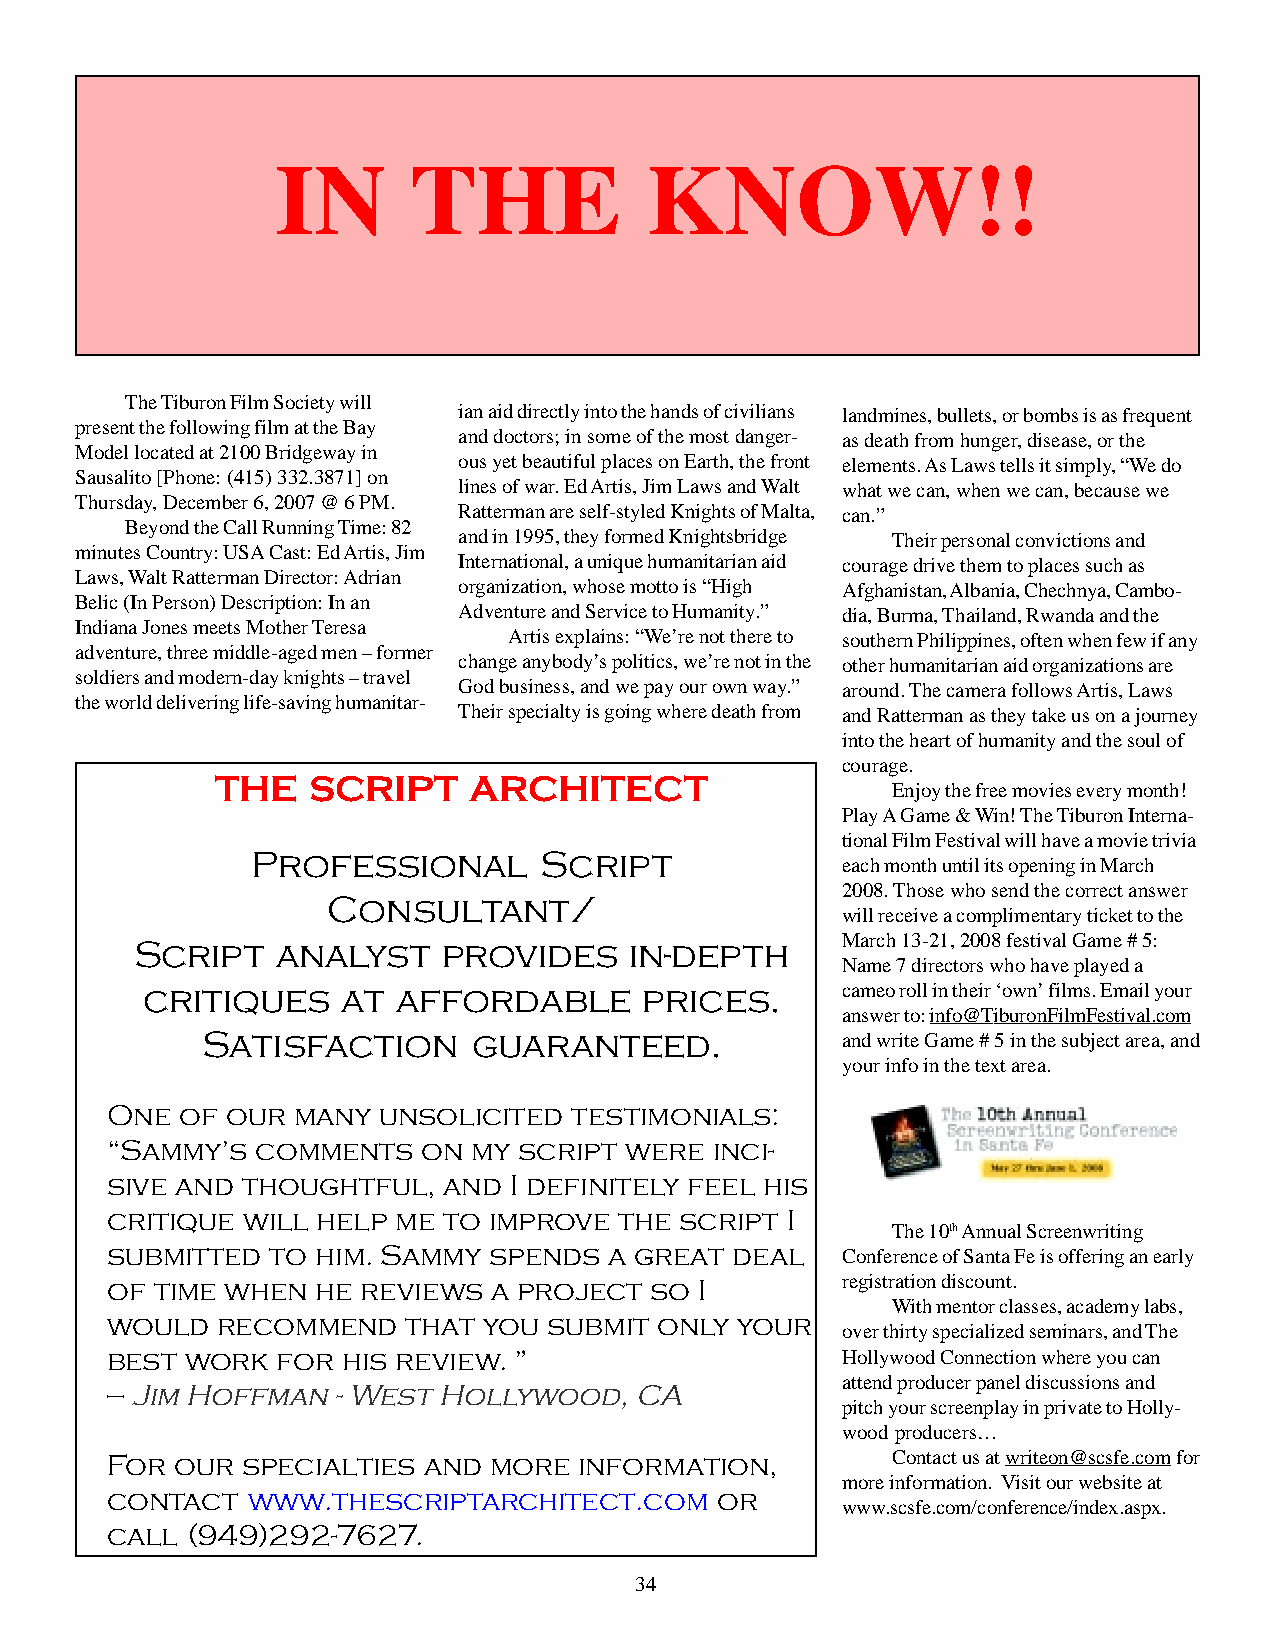
IN       THE             KNOW!!
 The Tiburon Film Society will
 ian aid directly into the hands of civilians landmines, bullets, or bombs is as frequent
 present the following film at the Bay
 and doctors; in some of the most danger- as death from hunger, disease, or the
 Model located at 2100 Bridgeway in
 ous yet beautiful places on Earth, the front elements. As Laws tells it simply, “We do
 Sausalito [Phone: (415) 332.3871] on
 lines of war. Ed Artis, Jim Laws and Walt what we can, when we can, because we
 Thursday, December 6, 2007 @ 6 PM.
 Ratterman are self-styled Knights of Malta, can.”
 Beyond the Call Running Time: 82
 and in 1995, they formed Knightsbridge Their personal convictions and
 minutes Country: USA Cast: Ed Artis, Jim
 International, a unique humanitarian aid courage drive them to places such as
 Laws, Walt Ratterman Director: Adrian
 organization, whose motto is “High Afghanistan, Albania, Chechnya, Cambo-
 Belic (In Person) Description: In an
 Adventure and Service to Humanity.” dia, Burma, Thailand, Rwanda and the
 Indiana Jones meets Mother Teresa
 Artis explains: “We’re not there to southern Philippines, often when few if any
 adventure, three middle-aged men – former
 change anybody’s politics, we’re not in the other humanitarian aid organizations are
 soldiers and modern-day knights – travel
 God business, and we pay our own way.” around. The camera follows Artis, Laws
 the world delivering life-saving humanitar-
 Their specialty is going where death from and Ratterman as they take us on a journey
 into the heart of humanity and the soul of
 courage.
 THE   SCRIPT     ARCHITECT
 Enjoy the free movies every month!
 Play A Game & Win! The Tiburon Interna-
 tional Film Festival will have a movie trivia
 Professional       Script
 each month until its opening in March
 2008. Those who send the correct answer
 Consultant/
 will receive a complimentary ticket to the
 March 13-21, 2008 festival Game # 5:
 Script   analyst    provides     in-depth
 Name 7 directors who have played a
 critiques     at affordable       prices.      cameo roll in their ‘own’ films. Email your
 answer to: info@TiburonFilmFestival.com
 Satisfaction      guaranteed.              and write Game # 5 in the subject area, and
 your info in the text area.
 One  of our many  unsolicited  testimonials:
 “Sammy’s  comments   on my script were  inci-
 sive and thoughtful,  and  I definitely feel his
 critique will help me to improve  the script I
 The 10th Annual Screenwriting
 submitted  to him. Sammy spends  a great deal    Conference of Santa Fe is offering an early
 of time when  he reviews  a project so I         registration discount.
 With mentor classes, academy labs,
 would  recommend    that you submit  only your
 over thirty specialized seminars, and The
 best work  for  his review. ”                    Hollywood Connection where you can
 attend producer panel discussions and
 — Jim Hoffman  - West Hollywood,   CA
 pitch your screenplay in private to Holly-
 wood producers…
 For  our specialties and more  information,         Contact us at writeon@scsfe.com for
 more information. Visit our website at
 contact  www.thescriptarchitect.com      or
 www.scsfe.com/conference/index.aspx.
 call (949)292-7627.
 34